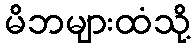
မိဘများထံသို့